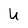
Character: U